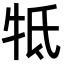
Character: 牴